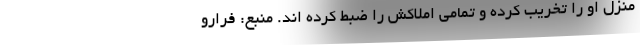
منزل او را تخریب کرده و تمامی املاکش را ضبط کرده اند. منبع: فرارو